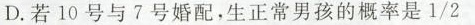
D.若10号与7号婚配，生正常男孩的概率是\frac{1}{2}